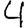
Digit: 4